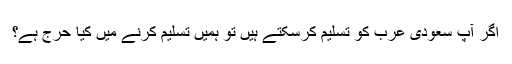
اگر آپ سعودی عرب کو تسلیم کرسکتے ہیں تو ہمیں تسلیم کرنے میں کیا حرج ہے؟